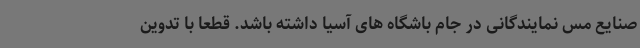
صنایع مس نمایندگانی در جام باشگاه های آسیا داشته باشد. قطعا با تدوین